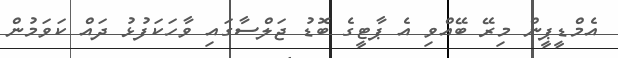
އެމްޑީޕީން މިރޭ ބޭއްވި އެ ޕާޓީގެ ބޮޑު ޖަލްސާގައި ވާހަކަފުޅު ދައް ކަވަމުން